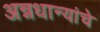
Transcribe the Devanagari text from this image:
अन्नधान्यांचे